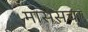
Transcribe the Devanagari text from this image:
मासेसचा